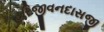
હરિજીવનદાસજી